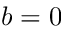
b = 0